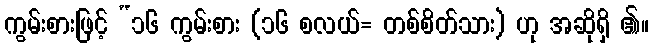
ကွမ်းစားဖြင့် “၁၆ ကွမ်းစား (၁၆ စလယ်= တစ်စိတ်သား) ဟု အဆိုရှိ ၏။